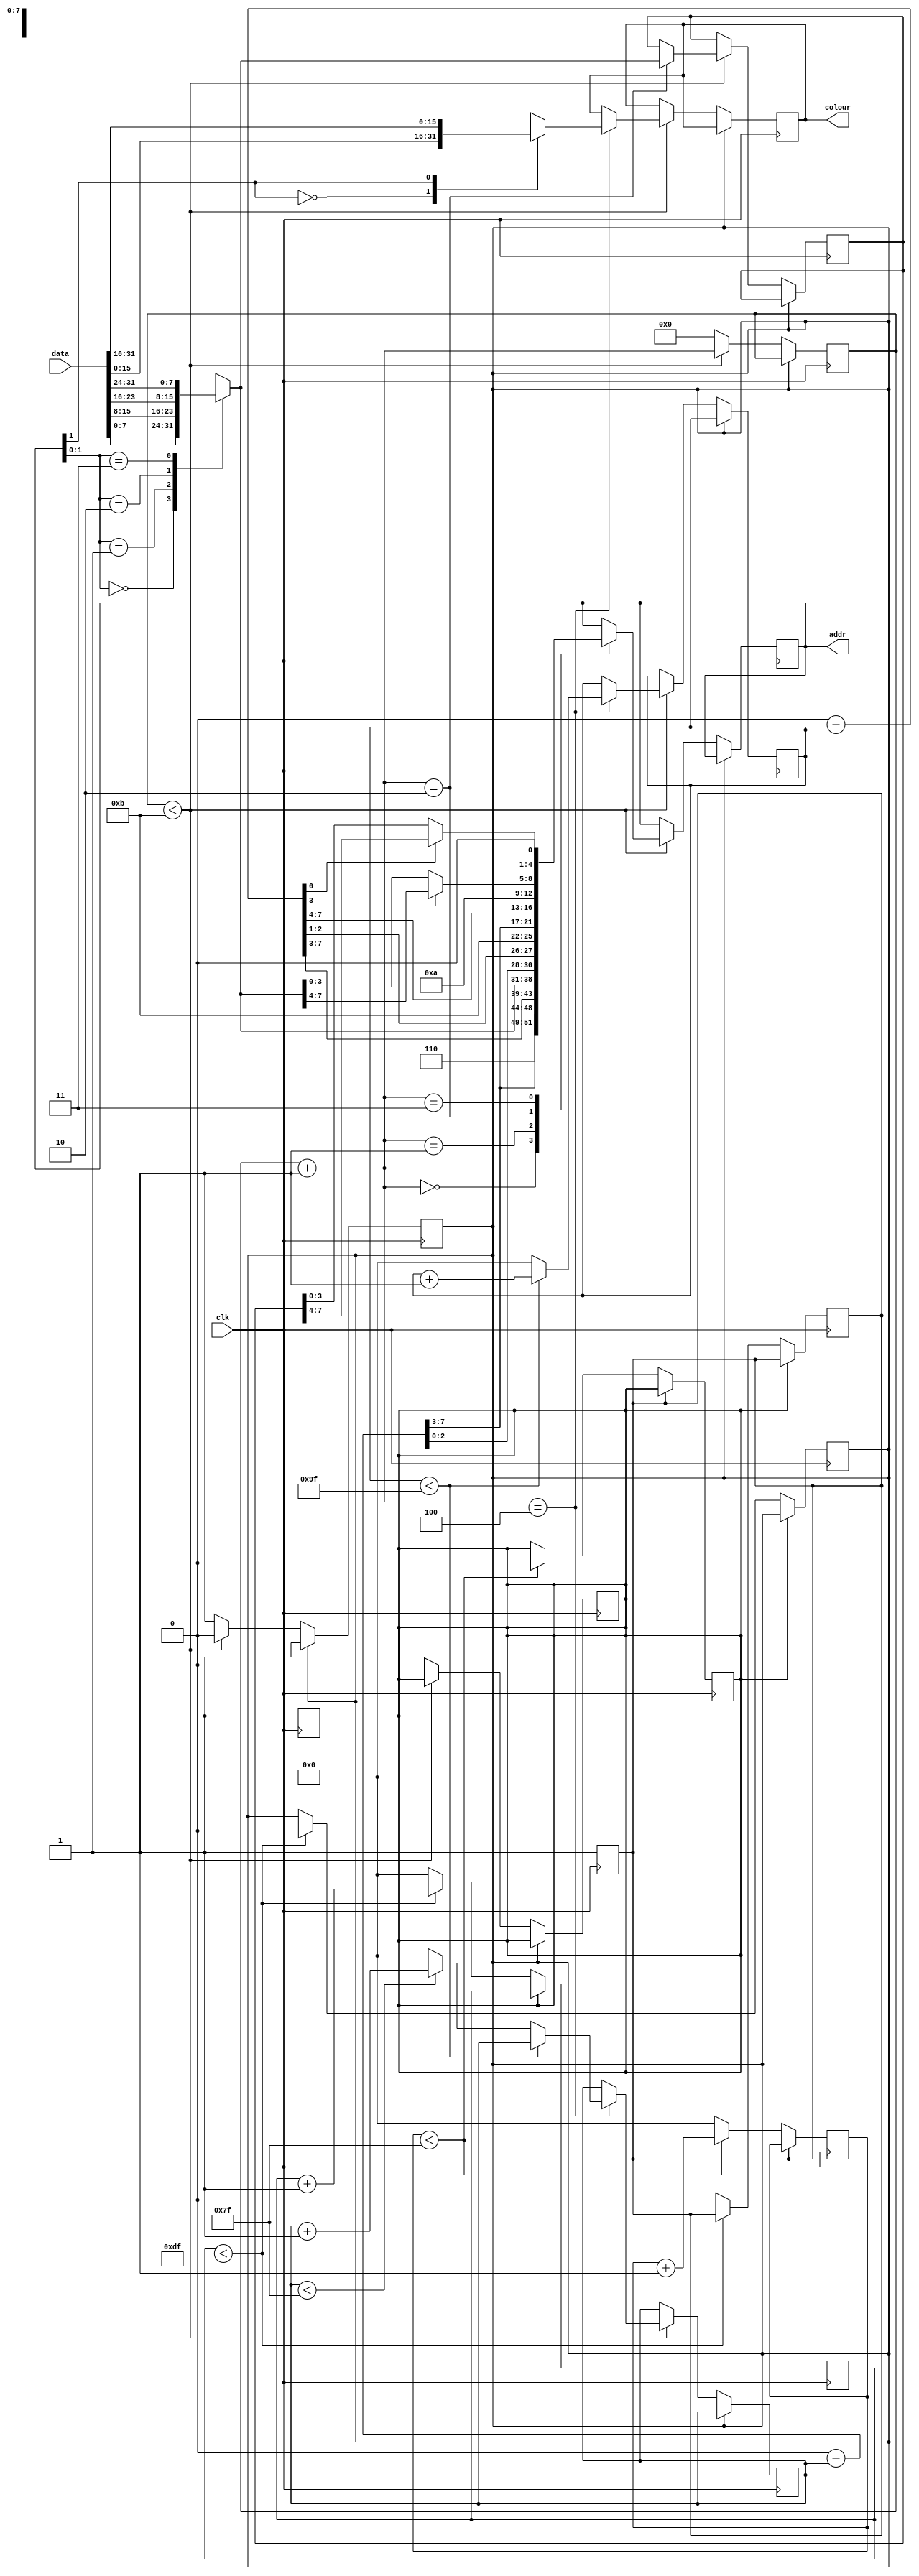
module ppu (
    input wire clk,
    output reg [12:0] addr,
    input wire [31:0] data,
    output reg [15:0] colour
);

    /* VRAM map
     * 
     * tile_set     | 4.75K | 0x0000 - 0x12FF
     * sprites      | 0.25K | 0x1300 - 0x13FF
     * palette set  | 0.5K  | 0x1400 - 0x15FF
     * palette map  | 0.5K  | 0x1600 - 0x17FF
     * tile map 0   | 1K    | 0x1800 - 0x1BFF
     * tile map 1   | 1K    | 0x1C00 - 0x1FFF
     */

    localparam VIEW_WIDTH = 160;
    localparam VIEW_HEIGHT = 128;

    localparam NUM_SPRITES = 64;

    // TODO this needs to be selectable by user
    // select tile map 0 or 1
    reg tile_map_select;
    initial tile_map_select = 0;

    // 8 KiB of vram
    reg [7:0] vram [0:8191];

    // what pixel relative to the viewport
    reg [7:0] x_view, y_view;
    // offset of the viewport from the background screen
    reg [7:0] x_offset, y_offset;
    // sum of the two above, so absolute point on the background
    wire [7:0] x, y;

    // index of tile in background map
    wire [9:0] tile_map_index;

    // stores the tile number in the tile set
    reg [7:0] tile_set_num;

    // which pixel in the selected tile
    wire [5:0] pixel;
    // index of the pixel byte in the selected tile
    wire [4:0] pixel_byte;
    // whether we need the upper or lower half of this byte (16 colours in palette)
    wire pixel_half;

    // used to store the byte that has the palette colour
    reg [7:0] palette_colour_byte;
    // used to select the correct half of the previous byte, i.e. the palette choice
    reg [3:0] palette_colour;

    // used to store the byte that has the palette selection
    reg [7:0] palette_set_num_byte;
    // used to store the palette selection, upper or lower half of previous byte
    reg [3:0] palette_set_num;

    initial x_view = 0;
    initial y_view = 0;

    initial x_offset = 0;
    initial y_offset = 0;

    // gets the requested byte from the actual word that was recieved on bus
    reg [7:0] data_byte;
    always @(*) begin
        case (addr[1:0])
            2'b00: data_byte <= data[7:0]; 
            2'b01: data_byte <= data[15:8];
            2'b10: data_byte <= data[23:16];
            2'b11: data_byte <= data[31:24];
        endcase
    end

    // gets the requested half word from the actual word on the bus
    reg [15:0] data_hword;
    always @(*) begin
        case (addr[1])
            1'b0: data_hword <= data[15:0]; 
            1'b1: data_hword <= data[31:16];
        endcase
    end


    assign x = x_offset + x_view;
    assign y = y_offset + y_view;

    // layed out as a 2D array, ignore the 3 LSBs since tiles are 8x8 pixels
    // in C: (y / 8) * 32 + (x / 8)
    assign tile_map_index = {y[7:3], x[7:3]};


    // lower bits of coordinates give the pixel number within given tile
    assign pixel = {y[2:0], x[2:0]};
    // 4 bits per pixel, so grab correct byte
    assign pixel_byte = pixel[5:1];
    // and then will need to decide whether high or low half
    assign pixel_half = pixel[0];

    always @(*) begin
        // grab the top or bottom half as the final 4 bit palette colour
        if (pixel_half) begin
            palette_colour <= palette_colour_byte[7:4];
        end else begin
            palette_colour <= palette_colour_byte[3:0];
        end
    end


    // process of finding the first 8 sprites on the given line
    reg [5:0] sprites [0:7];
    reg [0:2] sprite_count;
    initial sprite_count = 0;


    reg [7:0] phase_row;
    initial phase_row = 0;

    reg [7:0] phase_col;
    initial phase_col = 0;
    
    reg [3:0] phase_pixel;
    initial phase_pixel = 0;
    

    reg phase_row_lock;
    initial phase_row_lock = 0;

    reg phase_col_lock;
    initial phase_col_lock = 1;

    reg phase_pixel_lock;
    initial phase_pixel_lock = 1;


    // go through each line of the image
    always @(negedge clk) begin
        if (!phase_row_lock) begin
            phase_row_lock = 1;

            if (phase_row < 128 - 1) begin
                phase_row = phase_row + 1;
                phase_col_lock = 0;
            end else begin
                phase_row = 0;
            end

        end
    end


    // go through the 64 sprites 
    always @(negedge clk) begin
        if (!phase_col_lock) begin
            phase_col_lock = 1;

            if (phase_col < 64 + 160 - 1) begin
                phase_col = phase_col + 1;
                phase_pixel_lock = 0;

            end else begin
                phase_col = 0;
                phase_row_lock = 0;
            end
            
        end
    end


    // process of getting colour for background picture given x and y
    always @(negedge clk) begin
        if (!phase_pixel_lock) begin

            if (phase_pixel < 12 - 1) begin
                phase_pixel = phase_pixel + 1;

                case (phase_pixel)
                    0: begin
                        // colour[15:8] <= data_byte;
                        $display("%H", colour);
                        // selects either from 0x1800 or 0x1C00 in vram depending on which map is selected
                        addr <= {2'b11, tile_map_select, tile_map_index};
                    end
                    1: begin
                        tile_set_num = data_byte;
                        // gets the byte in the tile set that holds the palette selection
                        addr = {tile_set_num, pixel_byte};
                    end
                    2: begin
                        palette_colour_byte <= data_byte;
                        // 9 MSB of the tile_map index get the byte that store the palette num
                        addr <= {4'b1011, tile_map_index[9:1]};
                    end
                    3: begin
                        palette_set_num_byte = data_byte;
                        // grab the top or bottom half as the final 4 bit palette selection
                        if (tile_map_index[0]) begin
                            palette_set_num = palette_set_num_byte[7:4];
                        end else begin
                            palette_set_num = palette_set_num_byte[3:0];
                        end
                        addr = {4'b1010, palette_set_num, palette_colour, 1'b0};
                    end
                    4: begin
                        $display(x, y);
                        colour[15:0] <= data_hword;
                        // addr <= {4'b1010, palette_set_num, palette_colour, 1'b1};

                        if (x_view < VIEW_WIDTH - 1) begin
                            x_view = x_view + 1;
                        end else begin
                            x_view = 0;
                            if (y_view < VIEW_HEIGHT - 1) begin
                                y_view = y_view + 1;
                            end else begin
                                y_view = 0;
                            end
                        end
                    end
                endcase

            end else begin
                phase_pixel = 0;
                phase_pixel_lock = 1;
                phase_col_lock = 0;
            end
            
            
        end
    end

    /*
    Plan for drawing sprites
    - at start of each line scan through all sprites, and record first index to first 8 that are on this line
    - at each pixel, go through 8 saved and try to find a match
    - first match found is only one to be drawn
    - check if this pixel of sprite is transparent or not
    - if is, go through background pixel process
    - if not, go through other memory accesses to get the 16 bit colour form the tile and palette

    min clock speed = 128 px * 160 px * 60 fps * 12 mem accesses = 14.7 MHz
    */

endmodule